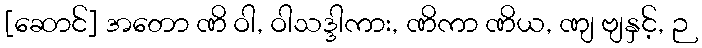
[ဆောင်] အတော ဏိ ဝါ, ဝါသဒ္ဒါကား, ဏိကာ ဏိယ, ဏျ ဗျနှင့်, ဉ